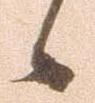
候